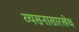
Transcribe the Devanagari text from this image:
व्यसनासारखेच